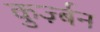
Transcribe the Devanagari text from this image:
कुर्ज़्बन